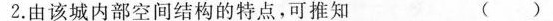
2.由该城内部空间结构的特点，可推知 ( )